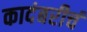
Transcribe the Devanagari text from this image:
कादंबरीचं